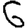
Digit: 6